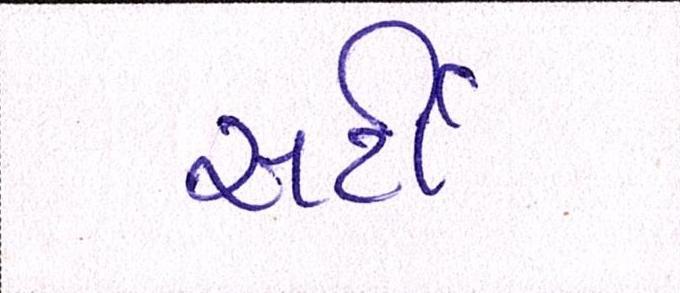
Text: સર્ટી